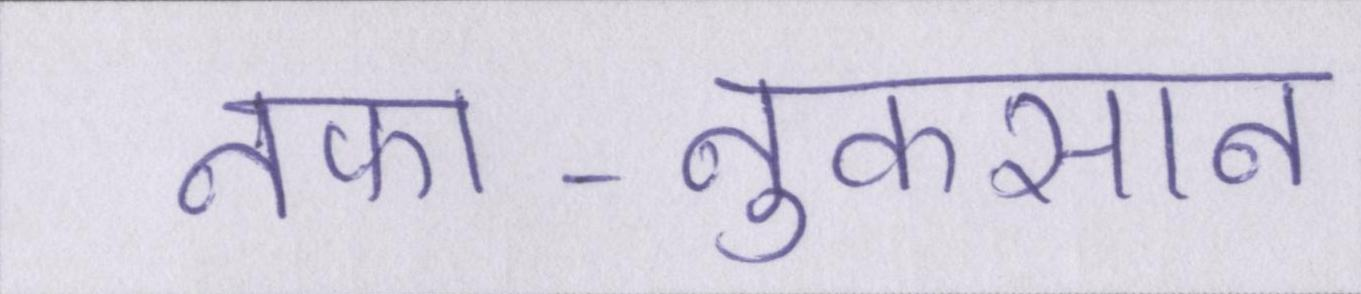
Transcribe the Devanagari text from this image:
नफा-नुकसान